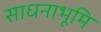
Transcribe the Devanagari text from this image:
साधनाभूमि